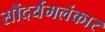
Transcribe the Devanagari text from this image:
सौंदर्यमलंकार